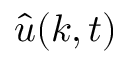
\hat { \boldsymbol u } ( \boldsymbol k , t )